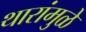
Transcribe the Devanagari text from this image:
थारांमुळे